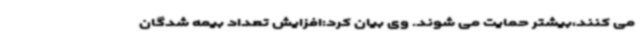
می کنند،بیشتر حمایت می شوند. وی بیان کرد:افزایش تعداد بیمه شدگان